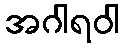
အဂါရဝါ